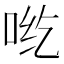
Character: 𰇡